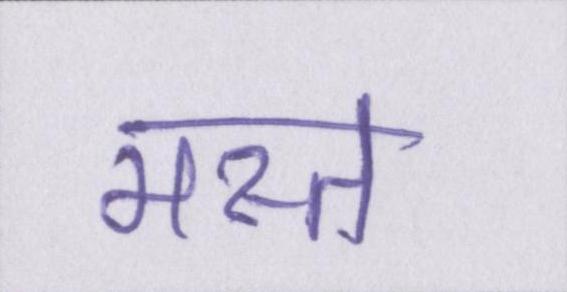
मस्त